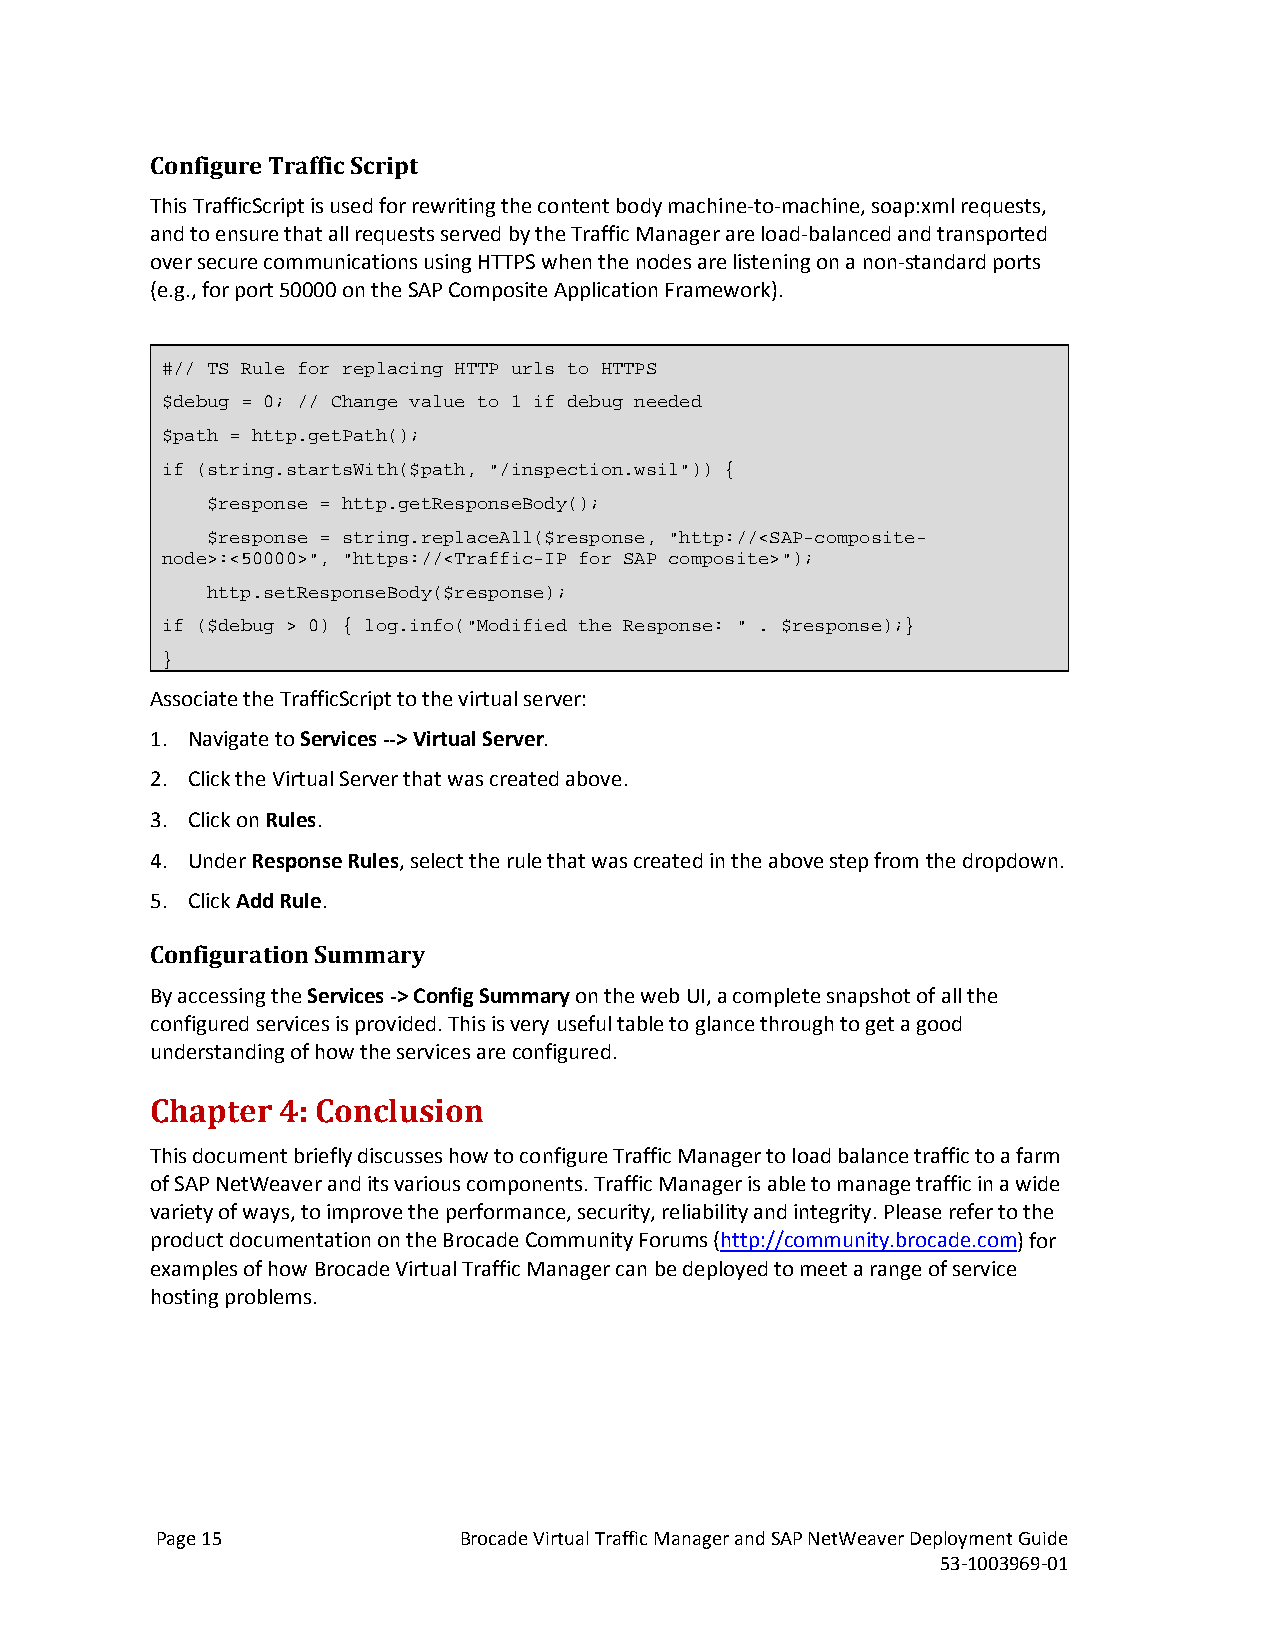
Configure Traffic Script
 This TrafficScript is used for rewriting the content body machine-to-machine, soap:xml requests,
 and to ensure that all requests served by the Traffic Manager are load-balanced and transported
 over secure communications using HTTPS when the nodes are listening on a non-standard ports
 (e.g., for port 50000 on the SAP Composite Application Framework).
 #// TS Rule for replacing HTTP urls to HTTPS
 $debug = 0; // Change value to 1 if debug needed
 $path = http.getPath();
 if (string.startsWith($path, "/inspection.wsil")) {
 $response = http.getResponseBody();
 $response = string.replaceAll($response, "http://<SAP-composite-
 node>:<50000>", "https://<Traffic-IP for SAP composite>");
 http.setResponseBody($response);
 if ($debug > 0) { log.info("Modified the Response: " . $response);}
 }
 Associate the TrafficScript to the virtual server:
 1. Navigate to Services --> Virtual Server.
 2. Click the Virtual Server that was created above.
 3. Click on Rules.
 4. Under Response Rules, select the rule that was created in the above step from the dropdown.
 5. Click Add Rule.
 Configuration Summary
 By accessing the Services -> Config Summary on the web UI, a complete snapshot of all the
 configured services is provided. This is very useful table to glance through to get a good
 understanding of how the services are configured.
 Chapter 4: Conclusion
 This document briefly discusses how to configure Traffic Manager to load balance traffic to a farm
 of SAP NetWeaver and its various components. Traffic Manager is able to manage traffic in a wide
 variety of ways, to improve the performance, security, reliability and integrity. Please refer to the
 product documentation on the Brocade Community Forums (http://community.brocade.com) for
 examples of how Brocade Virtual Traffic Manager can be deployed to meet a range of service
 hosting problems.
 Page 15             Brocade Virtual Traffic Manager and SAP NetWeaver Deployment Guide
 53-1003969-01